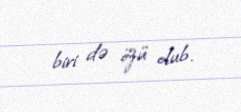
biri də özü olub.